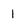
Character: 1